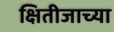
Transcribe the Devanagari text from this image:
क्षितीजाच्या